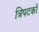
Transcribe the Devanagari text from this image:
त्रिपटकों